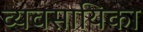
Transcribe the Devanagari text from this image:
व्यवसायिका